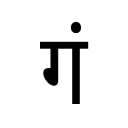
OCR:
गं